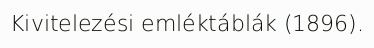
Kivitelezési emléktáblák (1896).